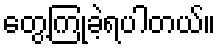
တွေ့ကြုံခဲ့ရပါတယ်။